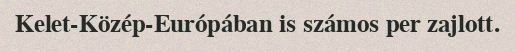
Kelet-Közép-Európában is számos per zajlott.